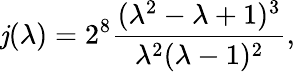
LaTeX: \mathit{j}(\lambda)=2^{8}\frac{{(\lambda^{2}-\lambda+1)^{3}}}{{\lambda^{2}(\lambda-1)^{2}}},